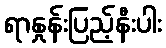
ရာနှုန်းပြည့်နီးပါး